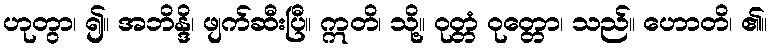
ဟုတွာ၊ ၍။ အဘိန္ဒိ၊ ဖျက်ဆီးပြီ။ ဣတိ၊ သို့။ ဝုတ္တံ ဝုတ္တော၊ သည်။ ဟောတိ၊ ၏။